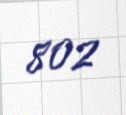
802